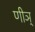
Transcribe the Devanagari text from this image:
णीञ्